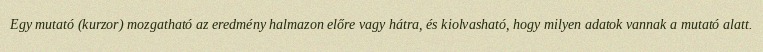
Egy mutató (kurzor) mozgatható az eredmény halmazon előre vagy hátra, és kiolvasható, hogy milyen adatok vannak a mutató alatt.